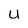
Character: u